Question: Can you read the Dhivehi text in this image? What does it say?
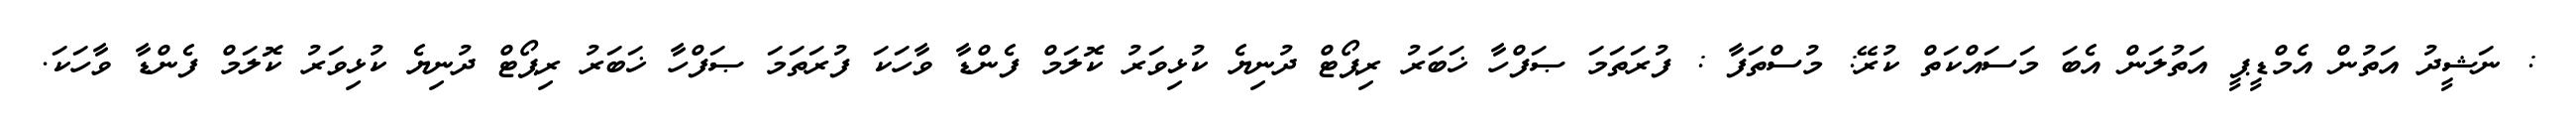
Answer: : ނަޝީދު އަތުން އެމްޑީޕީ އަތުލަން އެބަ މަސައްކަތް ކުރޭ: މުސްތަފާ : ފުރަތަމަ ޞަފްހާ ޚަބަރު ރިޕޯޓް ދުނިޔެ ކުޅިވަރު ކޮލަމް ފެންޑާ ވާހަކަ ފުރަތަމަ ޞަފްހާ ޚަބަރު ރިޕޯޓް ދުނިޔެ ކުޅިވަރު ކޮލަމް ފެންޑާ ވާހަކަ.